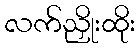
လက်ညှိုးထိုး